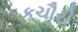
કચૌરી